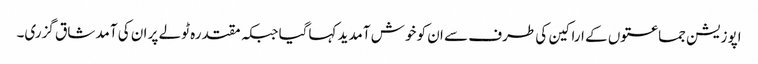
اپوزیشن جماعتوں کے اراکین کی طرف سے ان کو خوش آمدید کہاگیا جبکہ مقتدرہ ٹولے پر ان کی آمد شاق گزری۔